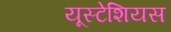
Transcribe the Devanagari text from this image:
यूस्टेशियस